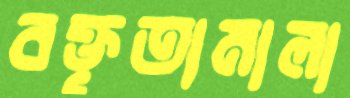
বক্তৃতামালা